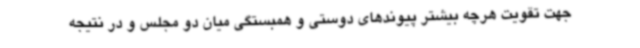
جهت تقویت هرچه بیشتر پیوندهای دوستی و همبستگی میان دو مجلس و در نتیجه